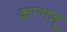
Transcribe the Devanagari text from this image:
कान्गजू